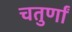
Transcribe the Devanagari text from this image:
चतुर्णां